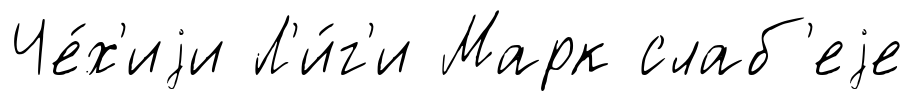
Че́х'иjи Л'и́г'и Марк слаб'еjе